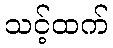
သင့်ထက်